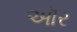
ઑર